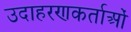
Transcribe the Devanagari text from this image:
उदाहरणकर्ताओं